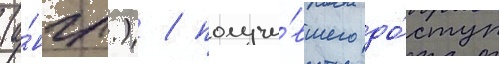
(а́нгл.) / получи́вшего до́ступ